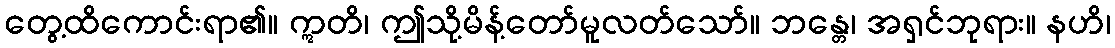
တွေ့ထိကောင်းရာ၏။ ဣတိ၊ ဤသို့မိန့်တော်မူလတ်သော်။ ဘန္တေ၊ အရှင်ဘုရား။ နဟိ၊